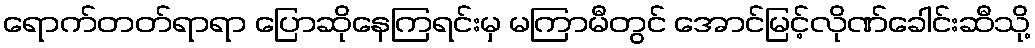
ရောက်တတ်ရာရာ ပြောဆိုနေကြရင်းမှ မကြာမီတွင် အောင်မြင့်လိုဏ်ခေါင်းဆီသို့